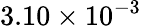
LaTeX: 3.10\times 10^{-3}